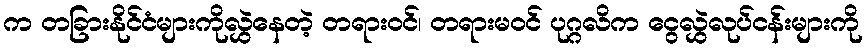
က တခြားနိုင်ငံများကိုလွှဲနေတဲ့ တရားဝင်၊ တရားမဝင် ပုဂ္ဂလိက ငွေလွှဲလုပ်ငန်းများကို